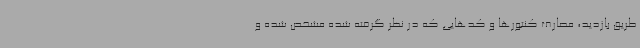
طریق بازدید، مصارف کنتورها و کدهایی که در نظر گرفته شده مشخص شده و